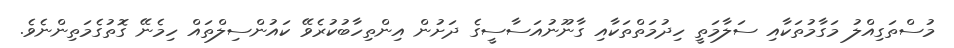
މުސްތަގިއްލު މަގާމުތަކާއި ސަލާމަތީ ހިދުމަތްތަކާއި ގާނޫނުއަސާސީގެ ދަށުން އިންތިހާބުކުރެވޭ ކައުންސިލްތައް ހިމެނޭ ގޮތުގެމަތިންނެވެ.